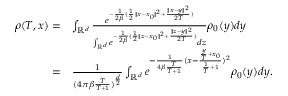
\begin{array} { r l } { \rho ( T , x ) = } & { \int _ { \mathbb { R } ^ { d } } \frac { e ^ { - \frac { 1 } { 2 \beta } ( \frac { 1 } { 2 } \| x - x _ { 0 } \| ^ { 2 } + \frac { \| x - y \| ^ { 2 } } { 2 T } ) } } { \int _ { \mathbb { R } ^ { d } } e ^ { - \frac { 1 } { 2 \beta } ( \frac { 1 } { 2 } \| z - x _ { 0 } \| ^ { 2 } + \frac { \| z - y \| ^ { 2 } } { 2 T } ) } d z } \rho _ { 0 } ( y ) d y } \\ { = } & { \frac { 1 } { { ( 4 \pi \beta \frac { T } { T + 1 } } ) ^ { \frac { d } { 2 } } } \int _ { \mathbb { R } ^ { d } } e ^ { - \frac { 1 } { 4 \beta \frac { T } { T + 1 } } ( x - \frac { \frac { y } { T } + x _ { 0 } } { \frac { 1 } { T } + 1 } ) ^ { 2 } } \rho _ { 0 } ( y ) d y . } \end{array}